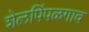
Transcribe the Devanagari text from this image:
शेलपिंपळगाव